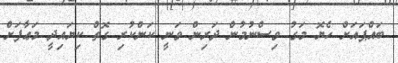
ބައްޕައަށް ހެޔޮ މަގު ވިސްނުމުން ދަރިން ވަނީ ކަންކުރި ގޮތް ކިޔައިދީ މަޢާފަށް